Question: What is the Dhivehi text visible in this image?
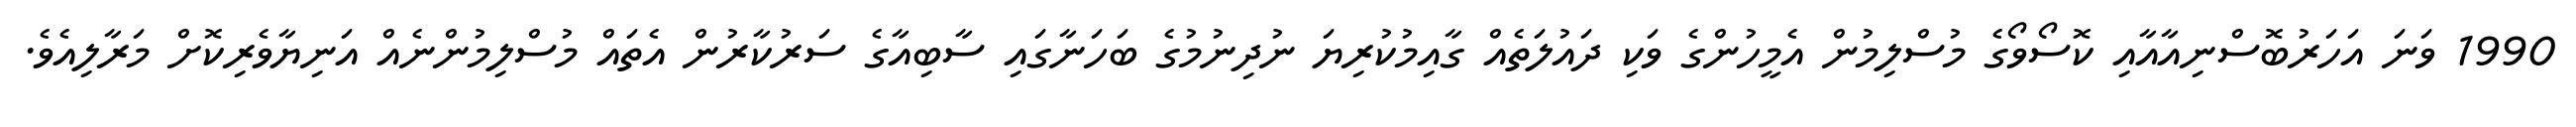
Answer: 1990 ވަނަ އަހަރުބޮސްނިއާއާއި ކޮސޯވޯގެ މުސްލިމުން އެމީހުންގެ ވަކި ދައުލަތެއް ގާއިމުކުރިޔަ ނުދިނުމުގެ ބަހަނާގައި ސާބިއާގެ ސަރުކާރުން އެތައް މުސްލިމުންނެއް އަނިޔާވެރިކޮށް މަރާލިއެވެ.